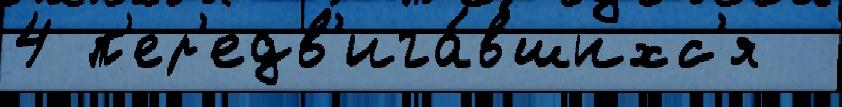
4 п'ер'едв'ига́вшихс'я